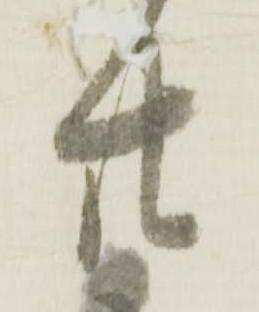
廿